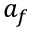
a _ { f }